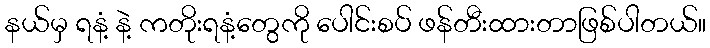
နယ်မှ ရနံ့ နဲ့ ကတိုးရနံ့တွေကို ပေါင်းစပ် ဖန်တီးထားတာဖြစ်ပါတယ်။